Vaccination United Provinces of Agra and Oudh 1902-1913 - 1902-1913
Year: 1902
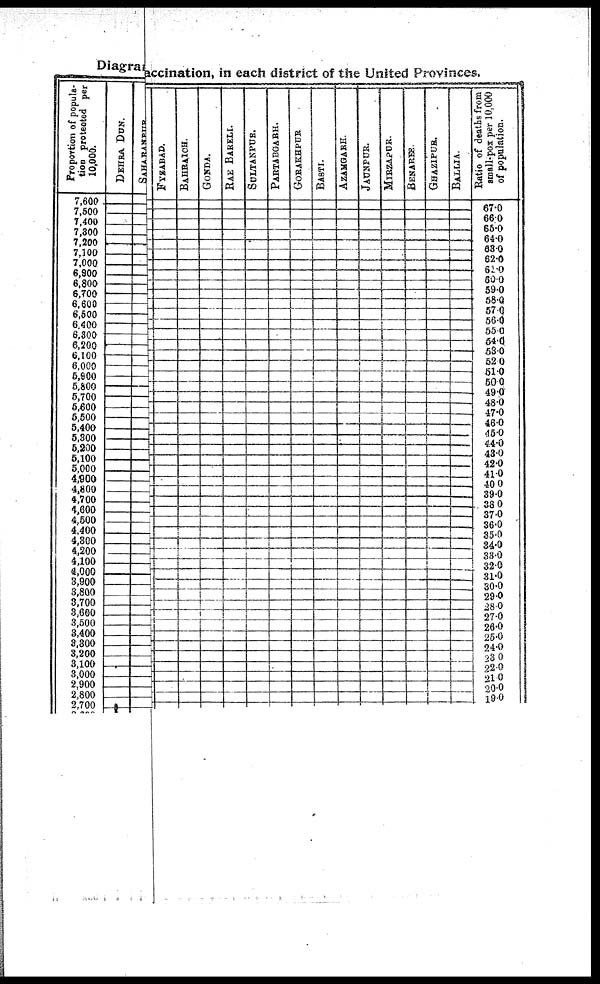
Diagra accination in each district of the United Provinces.